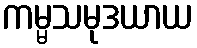
ကမ္မသမုဒယာယ